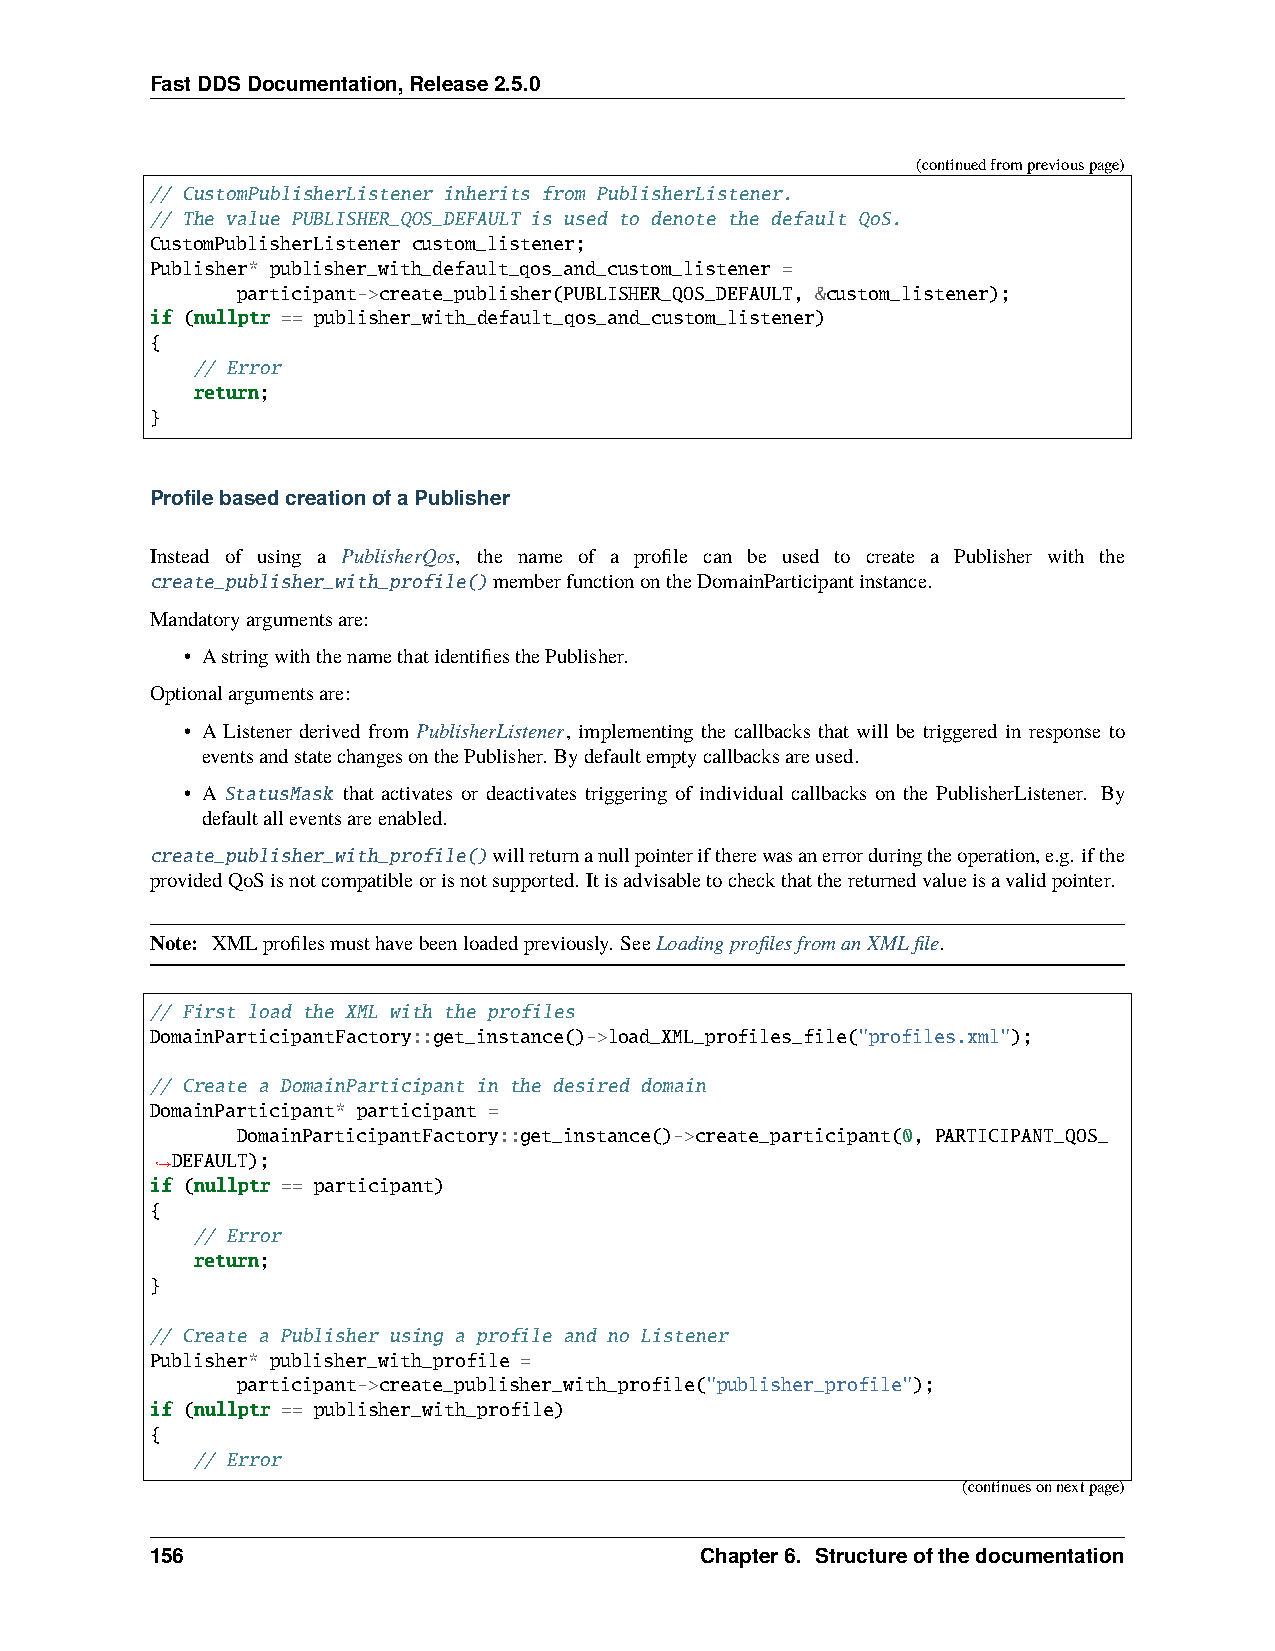
FastDDSDocumentation,Release2.5.0
 (continuedfrompreviouspage)
 // CustomPublisherListener inherits from PublisherListener.
 // The value PUBLISHER_QOS_DEFAULT is used to denote the default QoS.
 CustomPublisherListener custom_listener;
 Publisher* publisher_with_default_qos_and_custom_listener =
 participant->create_publisher(PUBLISHER_QOS_DEFAULT, &custom_listener);
 if (nullptr == publisher_with_default_qos_and_custom_listener)
 {
 // Error
 return;
 }
 ProfilebasedcreationofaPublisher
 Instead of using a PublisherQos, the name of a profile can be used to create a Publisher with the
 create_publisher_with_profile()memberfunctionontheDomainParticipantinstance.
 Mandatoryargumentsare:
 • AstringwiththenamethatidentifiesthePublisher.
 Optionalargumentsare:
 • A Listener derived from PublisherListener, implementing the callbacks that will be triggered in response to
 eventsandstatechangesonthePublisher. Bydefaultemptycallbacksareused.
 • A StatusMask that activates or deactivates triggering of individual callbacks on the PublisherListener. By
 defaultalleventsareenabled.
 create_publisher_with_profile()willreturnanullpointeriftherewasanerrorduringtheoperation,e.g. ifthe
 providedQoSisnotcompatibleorisnotsupported. Itisadvisabletocheckthatthereturnedvalueisavalidpointer.
 Note: XMLprofilesmusthavebeenloadedpreviously. SeeLoadingprofilesfromanXMLfile.
 // First load the XML with the profiles
 DomainParticipantFactory::get_instance()->load_XML_profiles_file("profiles.xml");
 // Create a DomainParticipant in the desired domain
 DomainParticipant* participant =
 DomainParticipantFactory::get_instance()->create_participant(0, PARTICIPANT_QOS_
 DEFAULT);
 ˓→
 if (nullptr == participant)
 {
 // Error
 return;
 }
 // Create a Publisher using a profile and no Listener
 Publisher* publisher_with_profile =
 participant->create_publisher_with_profile("publisher_profile");
 if (nullptr == publisher_with_profile)
 {
 // Error
 (continuesonnextpage)
 156                                 Chapter6. Structureofthedocumentation